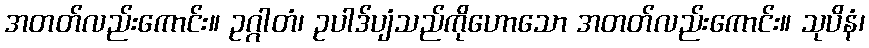
အတတ်လည်းကောင်း။ ဥဂ္ဂါတံ၊ ဥပါဒ်ပျံသည်ကိုဟောသော အတတ်လည်းကောင်း။ သုပိနံ၊